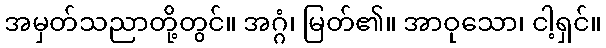
အမှတ်သညာတို့တွင်။ အဂ္ဂံ၊ မြတ်၏။ အာဝုသော၊ ငါ့ရှင်။